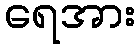
ရေအား